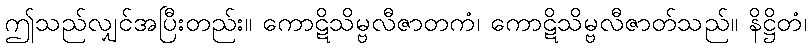
ဤသည်လျှင်အပြီးတည်း။ ကောဋိသိမ္ဗလီဇာတကံ၊ ကောဋိသိမ္ဗလီဇာတ်သည်။ နိဋ္ဌိတံ၊